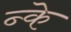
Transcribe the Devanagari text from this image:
न्के